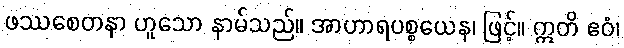
ဖဿစေတနာ ဟူသော နာမ်သည်။ အာဟာရပစ္စယေန၊ ဖြင့်။ ဣတိ ဧဝံ၊